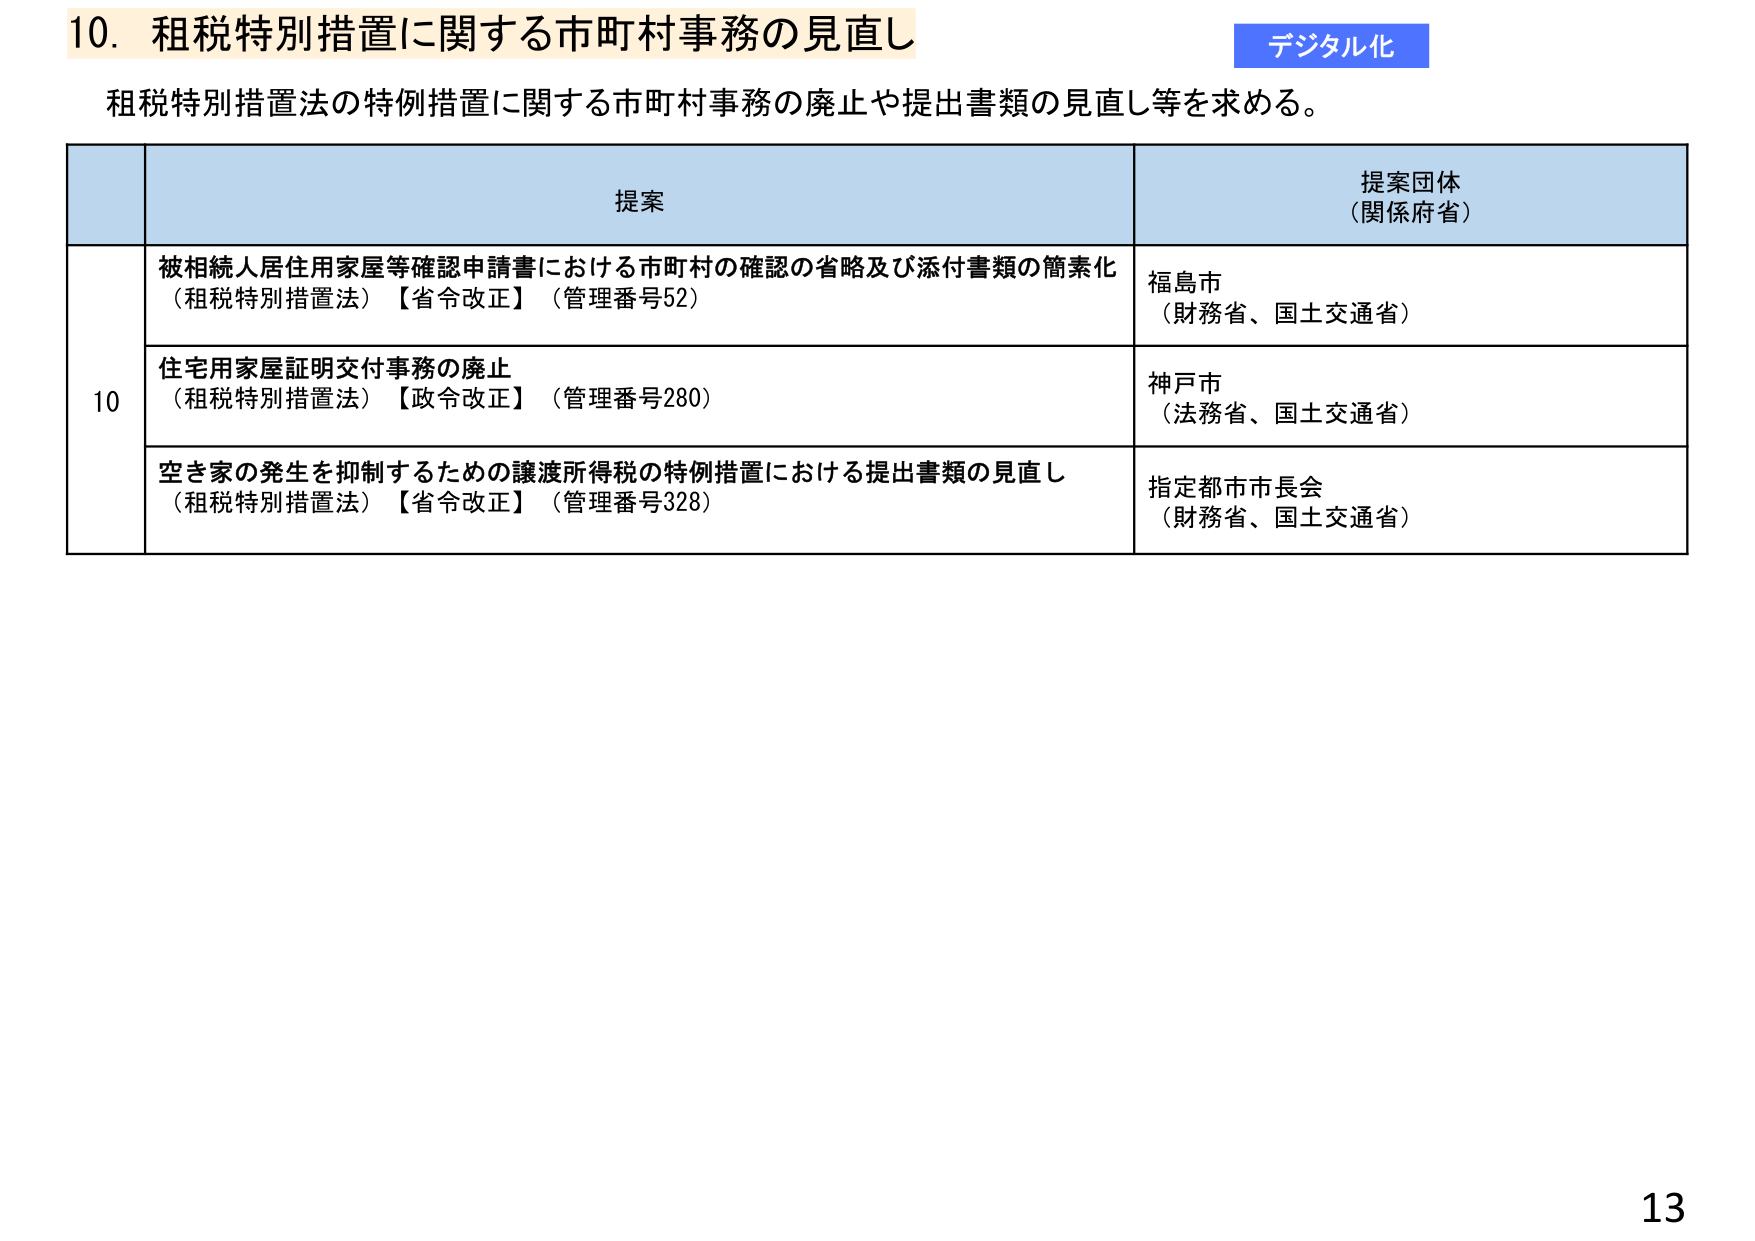
10. 租税特別措置に関する市町村事務の見直し
デジタル化
租税特別措置法の特例措置に関する市町村事務の廃止や提出書類の見直し等を求める。

提案
提案団体（関係府省）

10
被相続人居住用家屋等確認申請書における市町村の確認の省略及び添付書類の簡素化
（租税特別措置法）【省令改正】（管理番号52）
福島市
（財務省、国土交通省）

住宅用家屋証明交付事務の廃止
（租税特別措置法）【政令改正】（管理番号280）
神戸市
（法務省、国土交通省）

空き家の発生を抑制するための譲渡所得税の特例措置における提出書類の見直し
（租税特別措置法）【省令改正】（管理番号328）
指定都市市長会
（財務省、国土交通省）

13